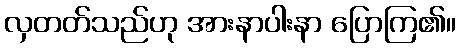
လှတတ်သည်ဟု အားနာပါးနာ ပြောကြ၏။